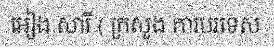
អៀង សារី ( ក្រសួង ការបរទេស